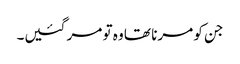
جن کو مرنا تھا وہ تو مر گئیں۔